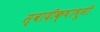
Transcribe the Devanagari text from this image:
स्वादीक्षाभूमी